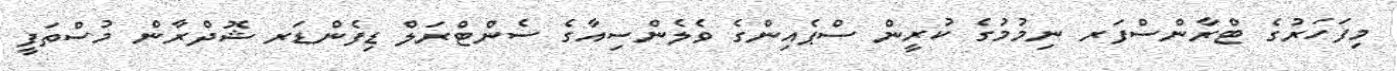
މިފަހަރުގެ ޓްރާންސްފަރ ނިމުމުގެ ކުރީން ސްޕެއިންގެ ވެލެންސިއާގެ ސެންޓްރަލް ޑިފެންޑަރ ޝޮދްރާން މުސްތަފީ